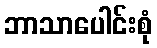
ဘာသာပေါင်းစုံ